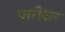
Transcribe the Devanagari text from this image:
पारीवार